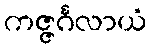
ကဇ္ဇင်္ဂလာယံ